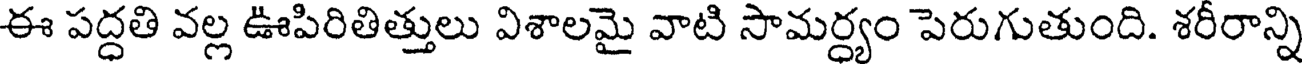
ఈ పద్ధతి వల్ల ఊపిరితిత్తులు విశాలమై వాటి సామర్ధ్యం పెరుగుతుంది. శరీరాన్ని